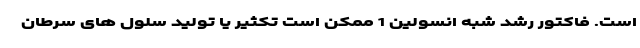
است. فاکتور رشد شبه انسولین 1 ممکن است تکثیر یا تولید سلول های سرطان